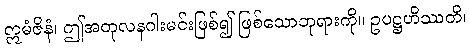
ဣမံဇိနံ၊ ဤအတုလနဂါးမင်းဖြစ်၍ ဖြစ်သောဘုရားကို။ ဥပဋ္ဌဟိဿတိ၊